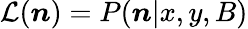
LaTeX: {\cal L}({\boldsymbol n})=P({\boldsymbol n}|x,y,B)